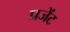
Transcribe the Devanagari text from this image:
प्रजेंट